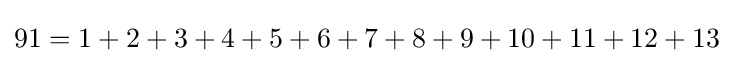
91=1+2+3+4+5+6+7+8+9+10+11+12+13